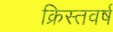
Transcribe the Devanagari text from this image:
क्रिस्तवर्ष